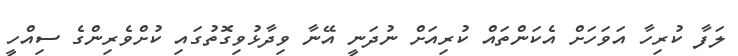
ލަފާ ކުރިހާ އަވަހަށް އެކަންތައް ކުރިއަށް ނުދަނީ އޭނާ ވިދާޅުވިގޮތުގައި ކުށްވެރިންގެ ސިއްހީ